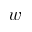
w